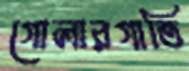
গোলারগাতি